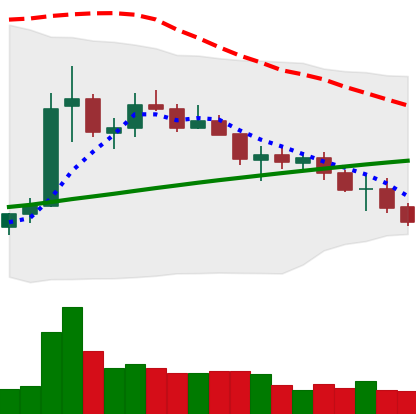
Ticker: ETC-USD
Chart end date: 2021-07-16
Forward return: 3.866%
Label: up_3_5